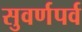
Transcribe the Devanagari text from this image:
सुवर्णपर्व